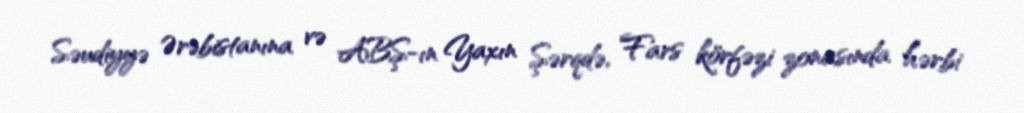
Səudiyyə Ərəbistanına və ABŞ-ın Yaxın Şərqdə, Fars körfəzi zonasında hərbi